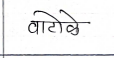
मजकूर: वाटोळे